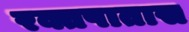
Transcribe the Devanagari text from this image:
रक्तपातास